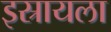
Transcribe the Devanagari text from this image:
इस्रायला